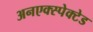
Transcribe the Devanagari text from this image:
अनएक्स्पेक्टेड